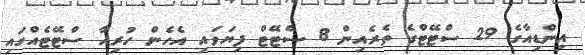
އިންޑިއާގެ 29 ސްޓޭޓްގެ ތެރެއިން 8 ސްޓޭޓް ފިޔަވައި އެހެން ހުރިހާ ސްޓޭޓެއްގައި